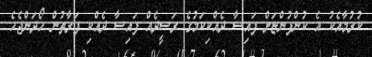
ކުރުމާއެކު އެ ކުންފުންޏަށް ފައިސާ ދެއްކިކަމުގެ ރަސީދެއް ފައިސާ ދެއްކި ފަރާތުން ހޯދަންޖެހެ